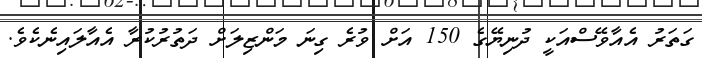
ގަތަރު އެއާވޭސްއަކީ ދުނިޔޭގެ 150 އަށް ވުރެ ގިނަ މަންޒިލަށް ދަތުރުކުރާ އެއާލައިނެކެވެ.